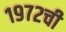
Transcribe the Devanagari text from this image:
१९७२ची